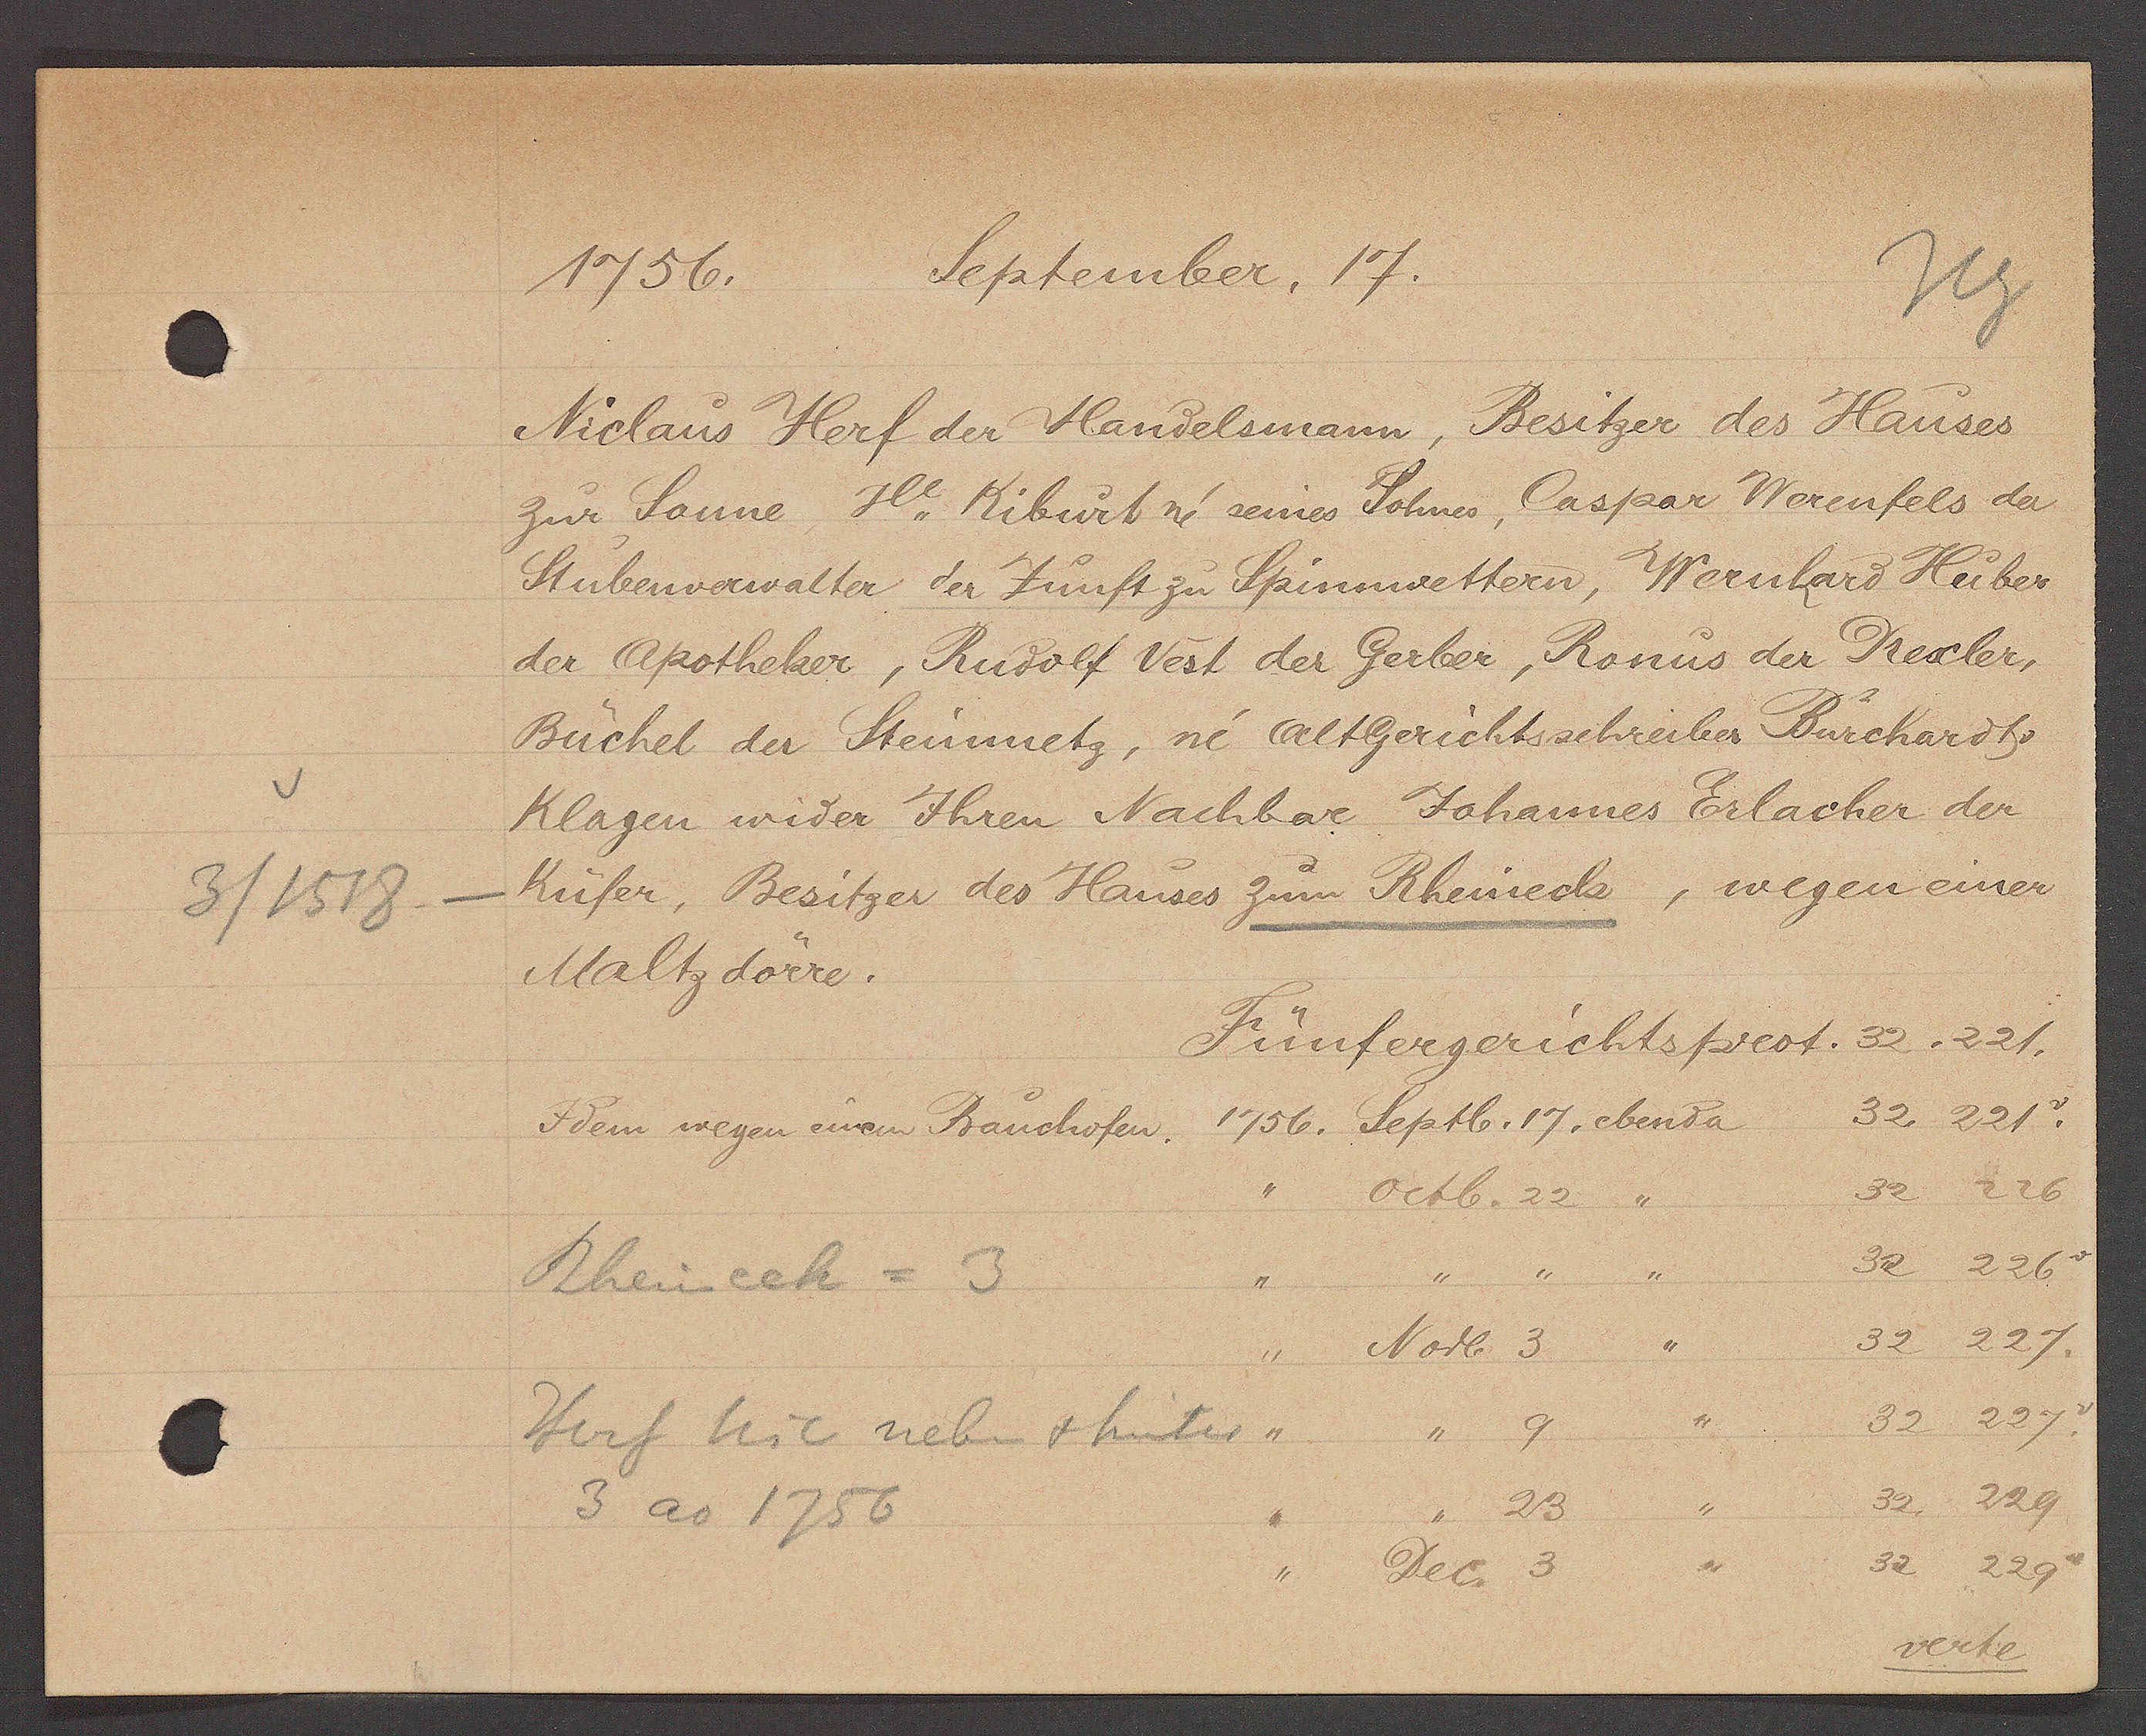
Transcript:
3/1518

1756.
September. 17.

Niclaus Herf der Handelsmann, Besitzer des Hauses
zur Sonne, H. Kiburt in seines Sohnes, Caspar Werenfels der
Stubenverwalter der Zunft zu Spinnwettern, Wernhard Huber
der Apotheker, Rudolf Vest der Gerber, Ronus der Trexler,
Büchel der Steinmetz, in Altgerichtsschreiber Burchardts.
Klagen wider Ihren Nachbar Johannes Erlacher der
Küfer, Besitzer des Hauses zum Rheineck, wegen einer
Maltz dörre.

Fünfergerichtsprot. 32 . 221.
Idem wegen einem Rauchofen. 1756. Septb. 17. ebenda 32 . 221. v

Rheinech = 3
Herf teil neben & hinter
3 ao 1756

''
Octb. 22  ''
32 226
''
''
''
''
32 226 v
"
Novb. 3 "
32 227.
''
'' 9
" 32 227. v
''
''
23  ''
32 . 229
" Dec. 3
''
32 229 ''